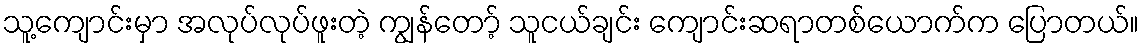
သူ့ကျောင်းမှာ အလုပ်လုပ်ဖူးတဲ့ ကျွန်တော့် သူငယ်ချင်း ကျောင်းဆရာတစ်ယောက်က ပြောတယ်။